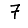
Digit: 7